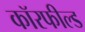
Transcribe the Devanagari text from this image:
कॉरफील्ड